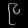
Digit: ၉